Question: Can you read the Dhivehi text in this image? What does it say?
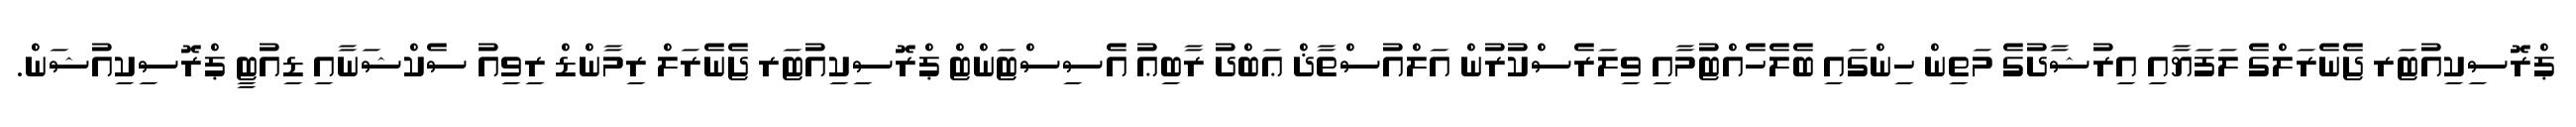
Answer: ޕްރޮސިކިއުޓަރ ޖެނެރަލްގެ ލަފަޔާއި އިރުޝާދުގެ މަތިން ހިންގައި ބެލެހެއްޓުމާއި ވިލަރެސްކުރުން އަލްއުސްތާޛް ޢަބްދު ރާބިޢު އެސިސްޓަންޓް ޕްރޮސިކިއުޓަރ ޖެނެރަލް ރިމާންޑް ރިވިއު ސެކްޝަނާއި ޑިއުޓީ ޕްރޮސިކިއުޝަން.